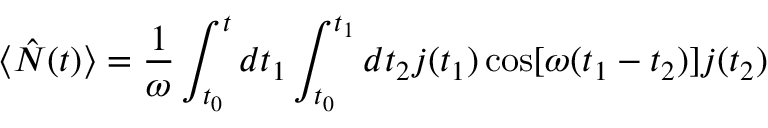
\langle \hat { N } ( t ) \rangle = \frac { 1 } { \omega } \int _ { t _ { 0 } } ^ { t } d t _ { 1 } \int _ { t _ { 0 } } ^ { t _ { 1 } } d t _ { 2 } j ( t _ { 1 } ) \cos [ \omega ( t _ { 1 } - t _ { 2 } ) ] j ( t _ { 2 } )